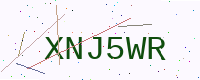
Text: XNJ5WR